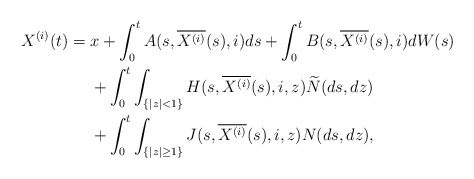
\begin{align*} X^{(i)}(t)&= x+\int_0^t A(s,\overline{X^{(i)}}(s),i)ds+\int_0^t B(s,\overline{X^{(i)}}(s),i)dW(s) \\ &\quad\ +\int_0^t \int_{\{|z|<1\}} H(s,\overline{X^{(i)}}(s),i,z)\widetilde{N}(ds,dz)\\&\quad\ +\int_0^t\int_{\{|z|\ge1\}} J(s,\overline{X^{(i)}}(s),i,z)N(ds,dz),\end{align*}